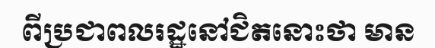
ពីប្រជាពលរដ្ឋនៅជិតនោះថា មាន